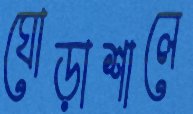
ঘোড়াশালে